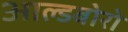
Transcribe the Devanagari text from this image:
आल्डबोरो